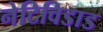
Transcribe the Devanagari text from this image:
नेटिविडाड